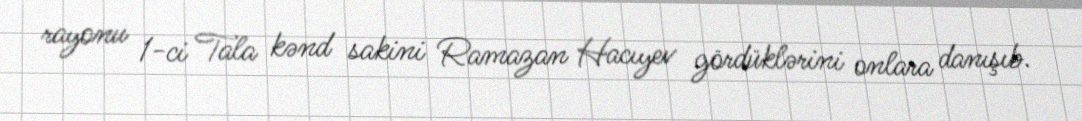
rayonu 1-ci Tala kənd sakini Ramazan Hacıyev gördüklərini onlara danışıb.